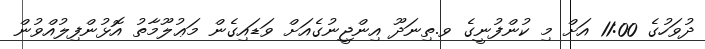
ދުވަހުގެ 11:00 އަށް މި ކުންފުނީގެ ވ.ތިނަދޫ އިންޖީނުގެއަށް ވަޑައިގެން މަޢުލޫމާތު އޮޅުންފިލުއްވުން